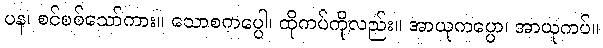
ပန၊ စင်စစ်သော်ကား။ သောစကပ္ပေါ၊ ထိုကပ်ကိုလည်း။ အာယုကပ္ပော၊ အာယုကပ်။